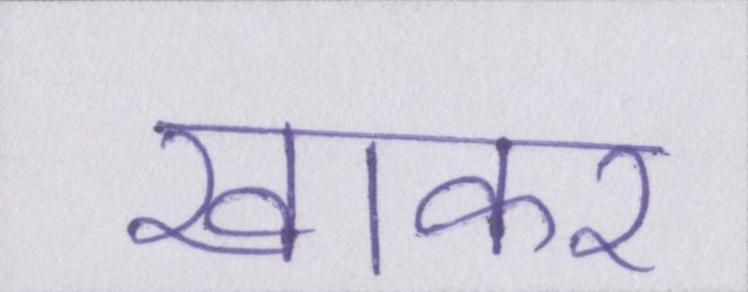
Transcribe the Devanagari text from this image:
खाकर